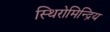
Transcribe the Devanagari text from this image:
स्थिरोमिन्द्रिय